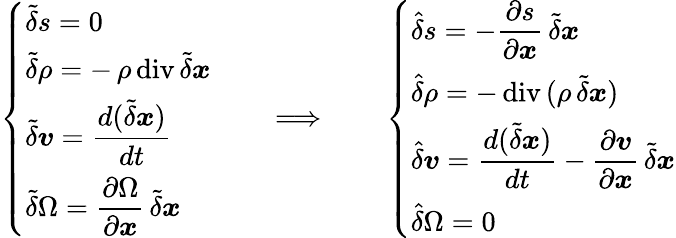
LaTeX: \left\{ \begin{array}{l}{\displaystyle\tilde{\delta}s=0}\\ {\displaystyle\tilde{\delta}\rho=-\, \rho\, \mathrm{div}\, \tilde{\delta}\boldsymbol{x}}\\ {\displaystyle\tilde{\delta}{\boldsymbol v}=\frac{d(\tilde{\delta}\boldsymbol{x})}{dt}}\\ {\displaystyle\tilde{\delta}\Omega=\frac{\partial\Omega}{\partial\boldsymbol{x}}\, \tilde{\delta}\boldsymbol{x}}\end{array}\right.\qquad\Longrightarrow\qquad\left\{ \begin{array}{l}{\displaystyle\hat{\delta}s=-\frac{\partial s}{\partial\boldsymbol{x}}\, \tilde{\delta}\boldsymbol{x}}\\ {\displaystyle\hat{\delta}\rho=-\, \mathrm{div}\, (\rho\, \tilde{\delta}\boldsymbol{x})}\\ {\displaystyle\hat{\delta}{\boldsymbol v}=\frac{d(\tilde{\delta}\boldsymbol{x})}{dt}-\frac{\partial{\boldsymbol v}}{\partial\boldsymbol{x}}\, \tilde{\delta}\boldsymbol{x}}\\ {\displaystyle\hat{\delta}\Omega=0}\end{array}\right.